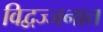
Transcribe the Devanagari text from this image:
विद्वज्जनात